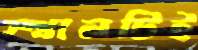
স্থানটিই